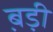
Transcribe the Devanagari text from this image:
ब़ड़ी